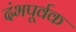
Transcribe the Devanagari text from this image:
दंभपूर्वक